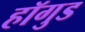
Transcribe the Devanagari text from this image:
हॉगुड